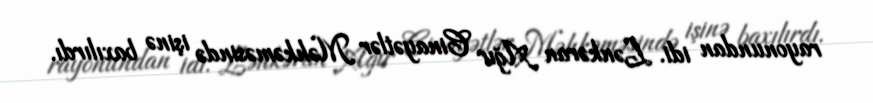
rayonundan idi. Lənkəran Ağır Cinayətlər Məhkəməsində işinə baxılırdı.